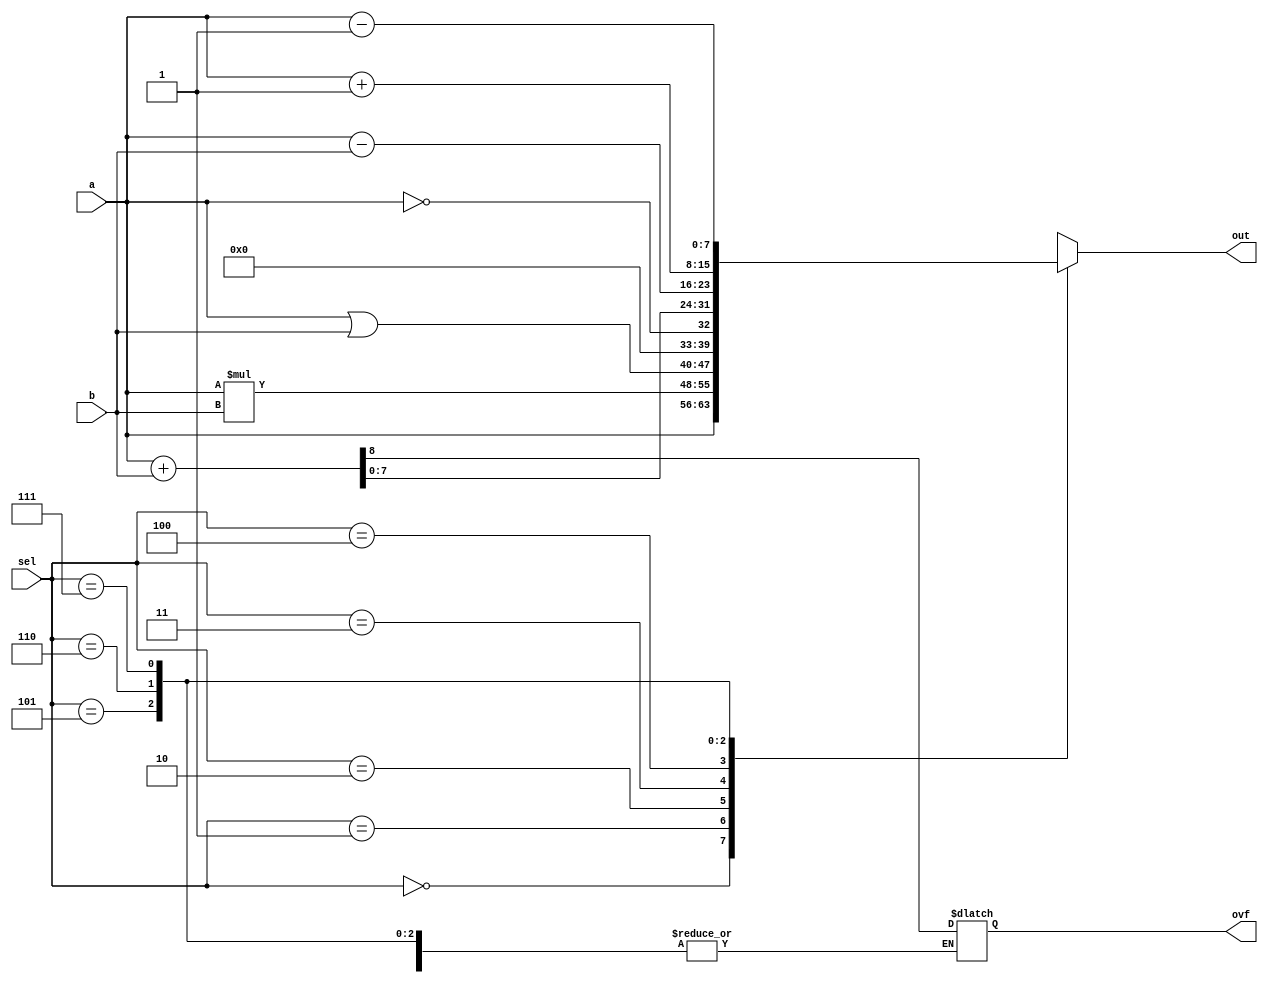
// ALU
module alu (out,a,b,sel,ovf);
    input [7:0] a,b;
    input [2:0] sel; 
    output [7:0] out;
    reg [7:0] out;
	output reg ovf;

    always @ (*) 
    begin 
        case(sel) 
            3'b000: out=a;                  
            3'b001: out=a*b;                  
            3'b010: out=a|b;                  
            3'b011: out=!a;                  
            3'b100: {ovf,out} = {1'b0,a} + {1'b0,b};                 
            3'b101: out=a-b;     
            3'b110: out=a+1;                 
            3'b111: out=a-1;                  
        endcase
    end
endmodule